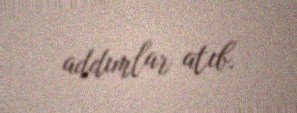
addımlar atıb.